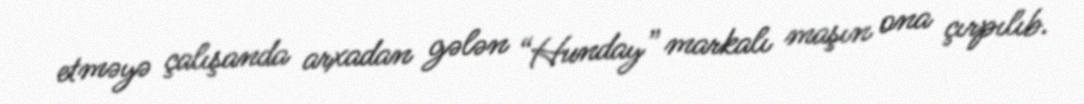
etməyə çalışanda arxadan gələn “Hunday” markalı maşın ona çırpılıb.